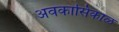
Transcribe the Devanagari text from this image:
अवकासिकाळ